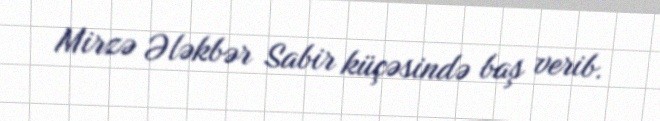
Mirzə Ələkbər Sabir küçəsində baş verib.